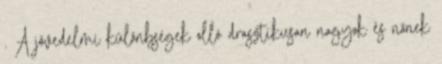
. A jövedelmi különbségek olló drasztikusan nagyok és nőnek